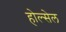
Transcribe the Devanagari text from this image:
होल्सेल